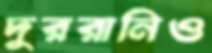
দুররানিও